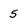
Character: 5